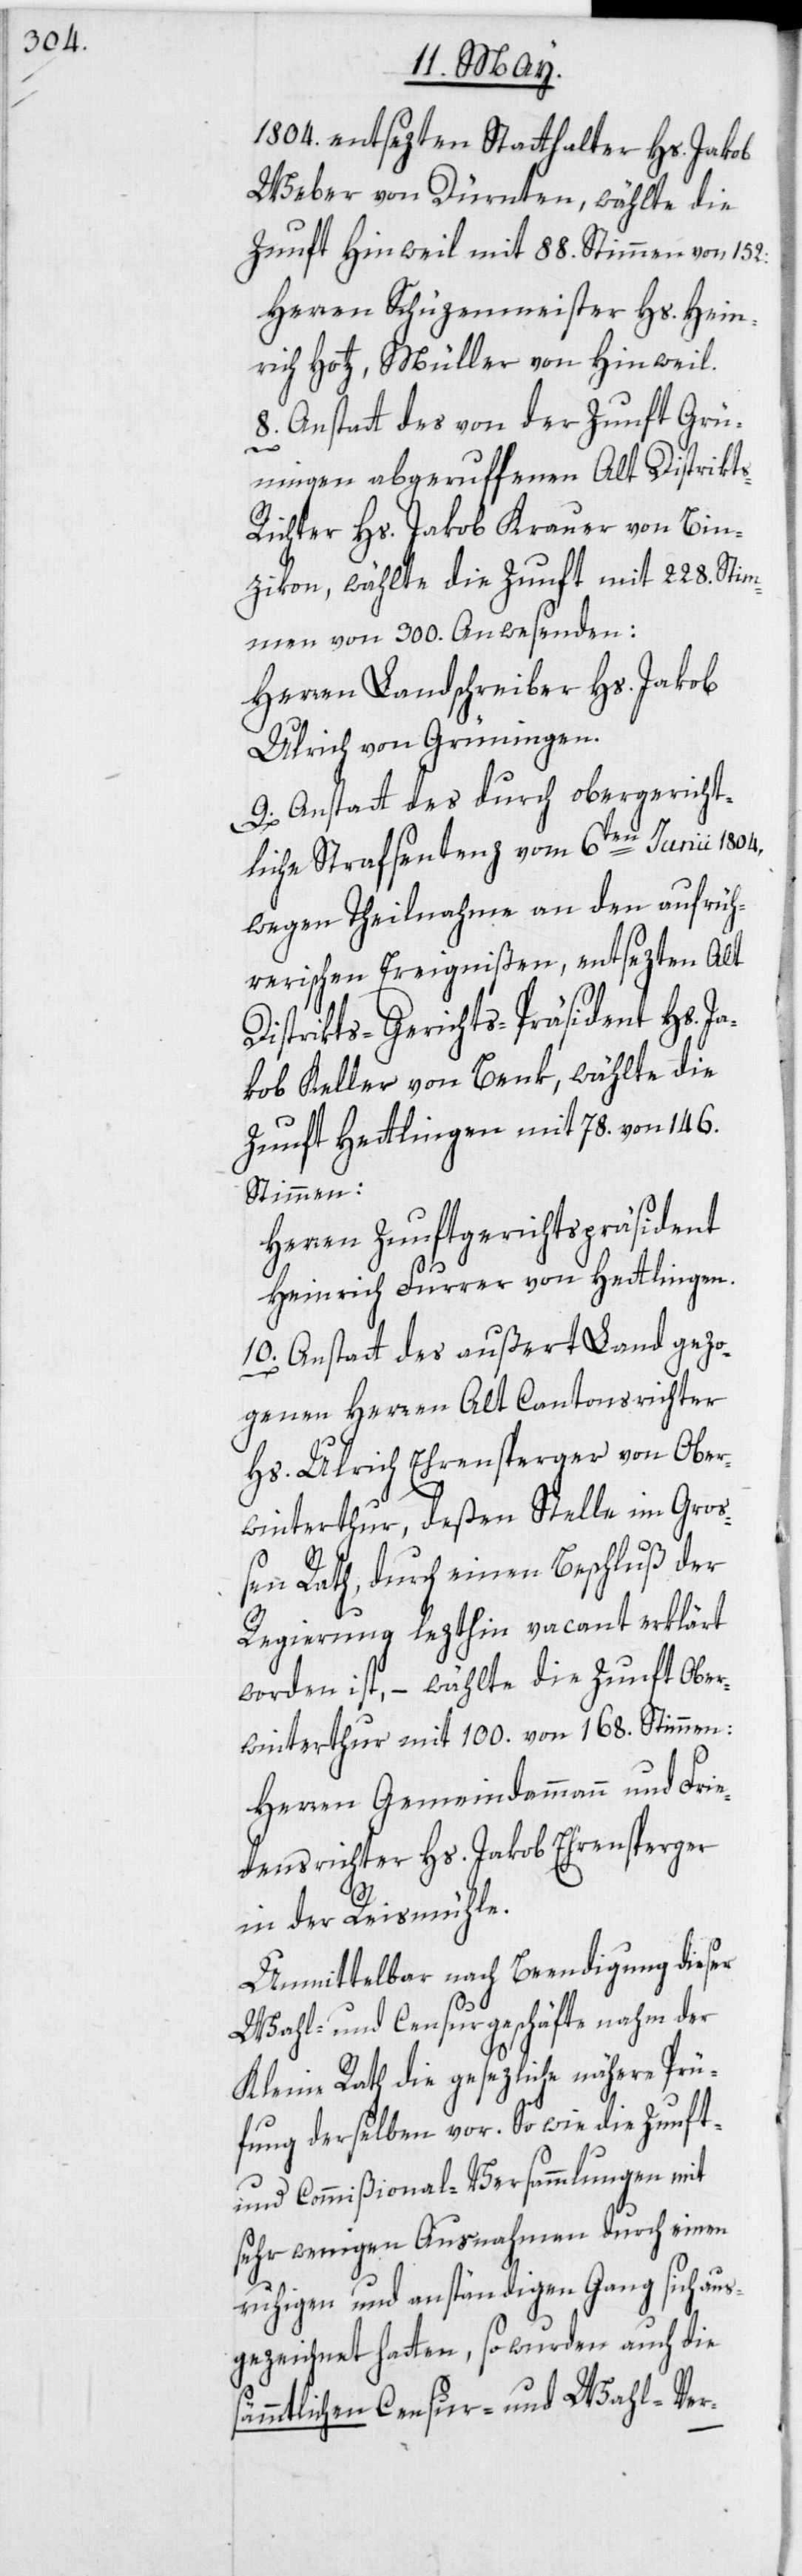
1804. entsezten Statthalter Hs. Jakob
Weber von Dürnten, wählte die
Zunft Hinweil mit 88. Stimmen von 152:
Herren Schüzenmeister Hs. Hein¬
rich Hotz, Müller von Hinweil.
8. Anstatt des von der Zunft Grü¬
ningen abgeruffenen Alt Distrikt¬
s-Richter Hs. Jakob Krauer von Bin¬
zikon, wählte die Zunft mit 228. Stim¬
men von 300. Anwesenden:
Herren Landschreiber Hs. Jakob
Ulrich von Grüningen.
9. Anstatt des durch obergericht¬
liche Strafsentenz vom 6ten Junii 1804,
wegen Theilnahme an den aufrüh¬
rerischen Ereignißen, entsezten Alt
Distrikts-Gerichts-Präsident Hs. J¬
akob Keller von Benk, wählte die
Zunft Hettlingen mit 78. von 146.
Stimmen:
Herren Zunftgerichtspräsident
Heinrich Furrer von Hettlingen.
10. Anstatt des außert Land gezo¬
genen Herren Alt Cantonsrichter
Hs. Ulrich Ehrensperger von Ober¬
winterthur, deßen Stelle im Gro¬
ßen Rath, durch einen Beschluß der
Regierung lezthin vacant erklärt
worden ist, – wählte die Zunft Ober¬
winterthur mit 100. von 168. Stimmen:
Herren Gemeindammann und Frie¬
densrichter Hs. Jakob Ehrensperger
in der Reismühle.
Unmittelbar nach Beendigung dieser
Wahl- und Censurgeschäfte nahm der
Kleine Rath die gesezliche nähere Prü¬
fung derselben vor. So wie die Zunft-
und Commißional-Versammlungen mit
sehr wenigen Ausnahmen durch einen
ruhigen und anständigen Gang sich aus¬
gezeichnet hatten, so wurden auch die
sämmtlichen Censur- und Wahl-Ver-